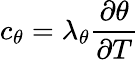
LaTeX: c_{\theta}=\lambda_{\theta}\frac{\partial\theta}{\partial T}